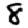
Digit: 8